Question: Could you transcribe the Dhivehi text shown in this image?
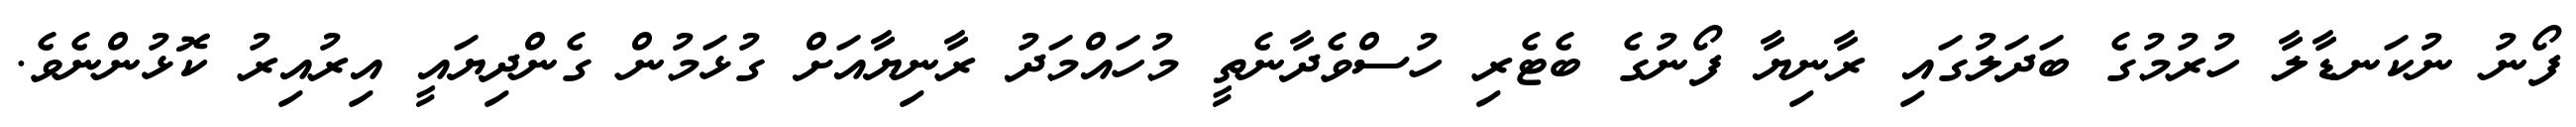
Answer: ފޯނު ނުކަނޑާލާ ހުރުމުގެ ބަދަލުގައި ރާނިޔާ ފޯނުގެ ބެޓެރި ހުސްވެދާނެތީ މުހައްމަދު ރާނިޔާއަށް ގުޅަމުން ގެންދިޔައީ އިރުއިރު ކޮޅުންނެވެ.